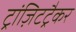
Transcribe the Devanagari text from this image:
ट्रांज़िटट्रैकर